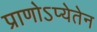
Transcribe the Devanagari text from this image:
प्राणोऽप्येतेन